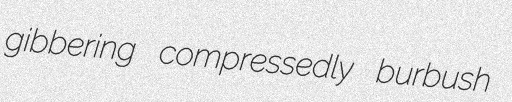
gibbering compressedly burbush